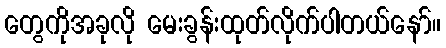
တွေကိုအခုလို မေးခွန်းထုတ်လိုက်ပါတယ်နော်။